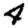
Digit: 4